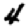
Digit: 4